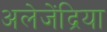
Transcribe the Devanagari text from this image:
अलेजेंद्रिया